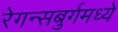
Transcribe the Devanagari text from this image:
रेगन्सबुर्गमध्ये